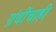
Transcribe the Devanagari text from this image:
ग्रंथींचाही